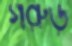
গরুড়